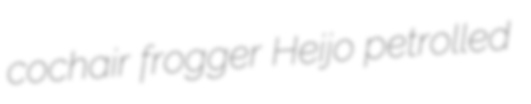
cochair frogger Heijo petrolled